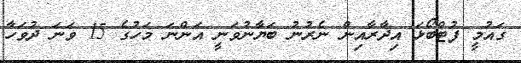
ގައުމީ ފުޓްބޯޅަ އިދާރާއިން ނެރުނު ބަޔާނުވަނީ އަންނަ މަހުގެ 15 ވަނަ ދުވަހާ